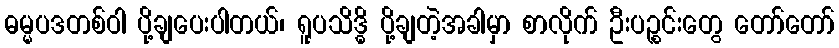
ဓမ္မပဒတစ်ဝါ ပို့ချပေးပါတယ်၊ ရူပသိဒ္ဓိ ပို့ချတဲ့အခါမှာ စာလိုက် ဦးပဉ္စင်းတွေ တော်တော်